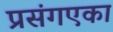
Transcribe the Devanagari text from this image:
प्रसंगएका